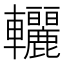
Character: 𨐀